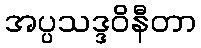
အပ္ပသဒ္ဒဝိနီတာ